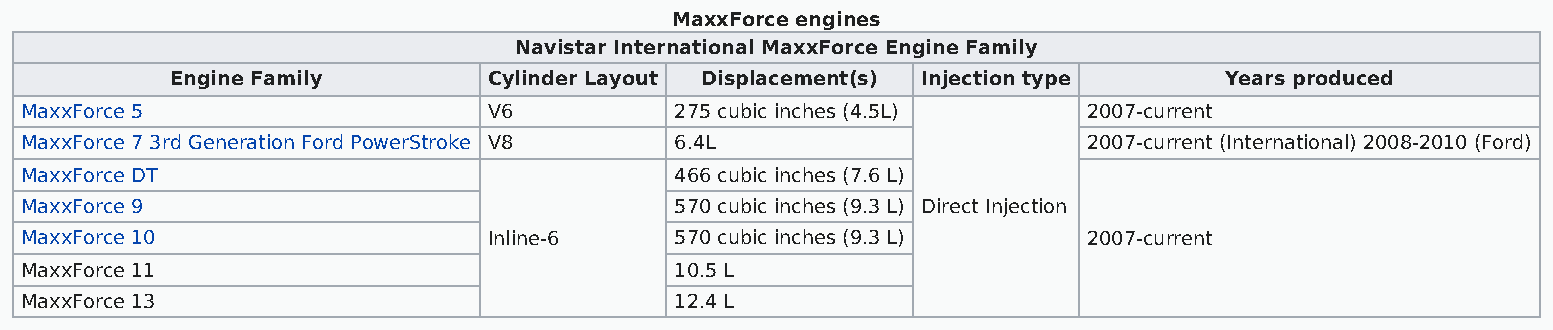
MaxxForce engines
 Navistar International MaxxForce Engine Family
 Engine Family        Cylinder Layout Displacement(s) Injection type   Years produced
 MaxxForce 5                    V6           275 cubic inches (4.5L)    2007-current
 MaxxForce 7 3rd Generation Ford PowerStroke V8 6.4L                    2007-current (International) 2008-2010 (Ford)
 MaxxForce DT                                466 cubic inches (7.6 L)
 MaxxForce 9                                 570 cubic inches (9.3 L) Direct Injection
 MaxxForce 10                   Inline-6     570 cubic inches (9.3 L)   2007-current
 MaxxForce 11                                10.5 L
 MaxxForce 13                                12.4 L